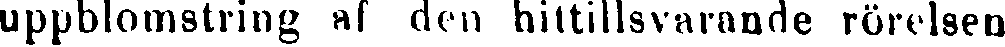
uppblomstring af den hittillsvarande rörelsen